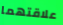
علاقتهما